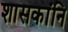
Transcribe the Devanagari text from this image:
शासकांनि